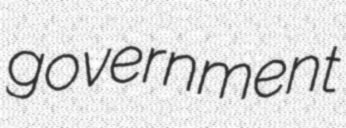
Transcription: government